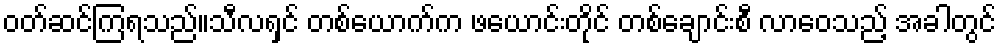
ဝတ်ဆင်ကြရသည်။သီလရှင် တစ်ယောက်က ဖယောင်းတိုင် တစ်ချောင်းစီ လာဝေသည့် အခါတွင်